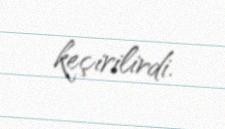
keçirilirdi.